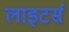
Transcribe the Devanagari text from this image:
लाइटर्स